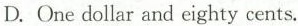
D.One dollar ad eighty cents.